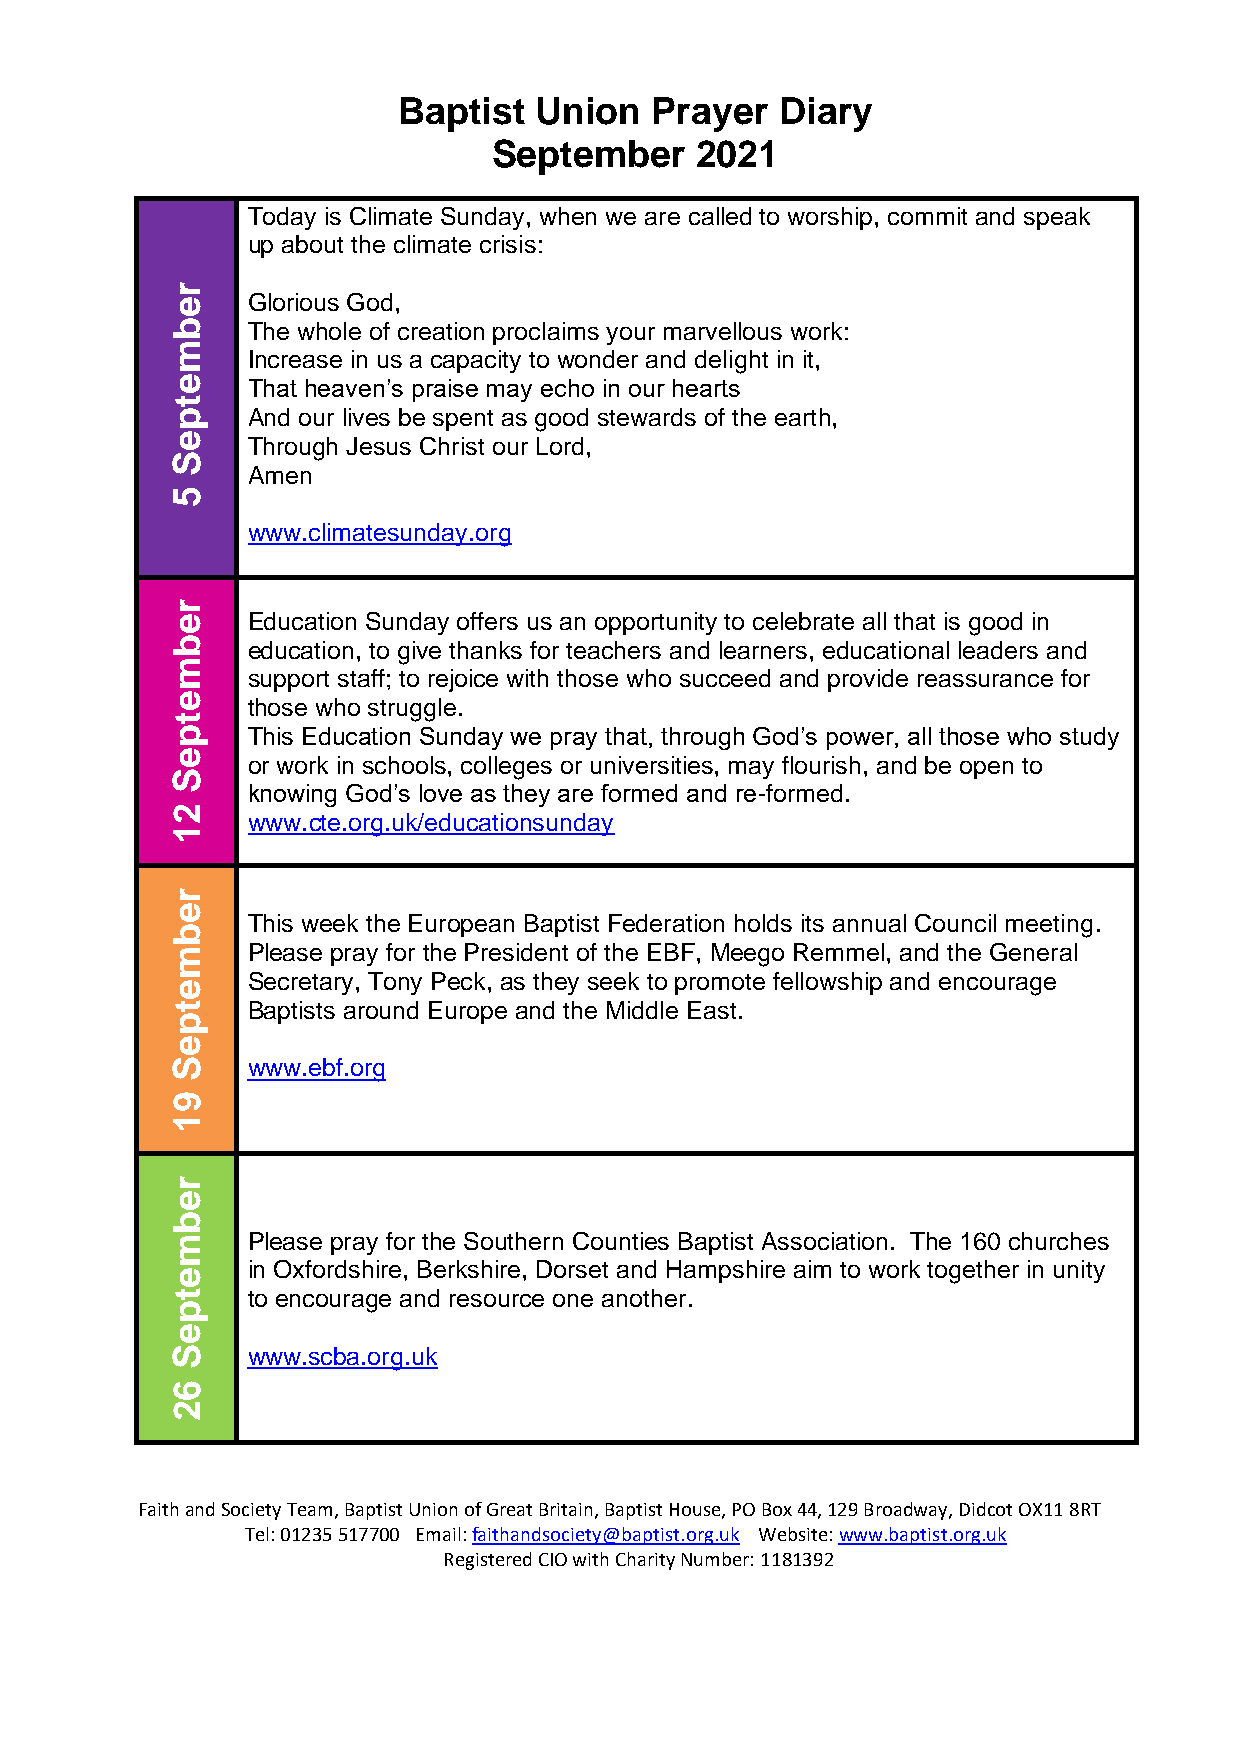
Baptist  Union   Prayer   Diary
 September    2021
 Today is Climate Sunday, when we are called to worship, commit and speak
 up about the climate crisis:
 r
 e    Glorious God,
 b    The whole of creation proclaims your marvellous work:
 m
 Increase in us a capacity to wonder and delight in it,
 e    That heaven’s praise may echo in our hearts
 t
 p    And our lives be spent as good stewards of the earth,
 e    Through Jesus Christ our Lord,
 S
 Amen
 5
 www.climatesunday.org
 r
 e    Education Sunday offers us an opportunity to celebrate all that is good in
 b    education, to give thanks for teachers and learners, educational leaders and
 m
 support staff; to rejoice with those who succeed and provide reassurance for
 e    those who struggle.
 t
 p    This Education Sunday we pray that, through God’s power, all those who study
 e
 or work in schools, colleges or universities, may flourish, and be open to
 S
 knowing God’s love as they are formed and re-formed.
 2
 www.cte.org.uk/educationsunday
 1
 r
 e
 This week the European Baptist Federation holds its annual Council meeting.
 b
 m    Please pray for the President of the EBF, Meego Remmel, and the General
 Secretary, Tony Peck, as they seek to promote fellowship and encourage
 e
 t    Baptists around Europe and the Middle East.
 p
 e
 S    www.ebf.org
 9
 1
 r
 e
 b
 m    Please pray for the Southern Counties Baptist Association. The 160 churches
 in Oxfordshire, Berkshire, Dorset and Hampshire aim to work together in unity
 e
 t    to encourage and resource one another.
 p
 e
 S    www.scba.org.uk
 6
 2
 Faith and Society Team, Baptist Union of Great Britain, Baptist House, PO Box 44, 129 Broadway, Didcot OX11 8RT
 Tel: 01235 517700 Email: faithandsociety@baptist.org.uk Website: www.baptist.org.uk
 Registered CIO with Charity Number: 1181392